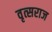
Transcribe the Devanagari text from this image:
वृत्सराज